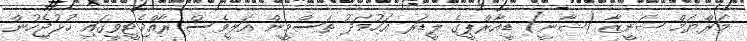
މަރްޔަމް ޝަނީޒާ (ޝާނީ) ޑީއާރްޕީގެ ލީޑަރ އަހުމަދު ތަސްމީން އަލީވެސް ރާއްޖެޓީވީގައި ހުޅުޖެހުން